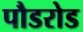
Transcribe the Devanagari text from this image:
पौडरोड